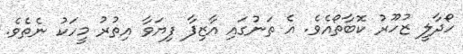
ހޯދާލީ ޒުހޫރު ކޮބާތޯއެވެ. އެ ތަނުގައި އާޒިފާ ފިޔަވާ އިތުރު މީހަކު ނެތެވެ.